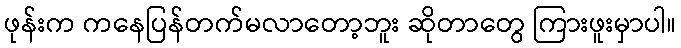
ဖုန်းက ကနေပြန်တက်မလာတော့ဘူး ဆိုတာတွေ ကြားဖူးမှာပါ။